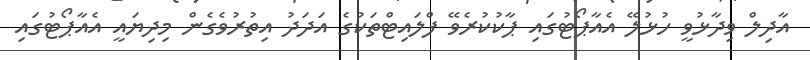
އާދިލް ވިދާޅުވީ ހުޅުލޭ އެއާޕޯޓުގައި ޕާކުކުރެވޭ ފްލައިޓްތަކުގެ އަދަދު އިތުރުވެގެން މިދިޔައީ އެއާޕޯޓުގައި